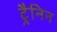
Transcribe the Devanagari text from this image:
ट्रैनिन